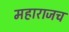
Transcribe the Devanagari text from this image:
महाराजच